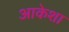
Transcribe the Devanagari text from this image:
आकेशा